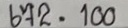
672 = 100